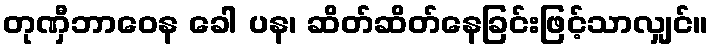
တုဏှီဘာဝေန ခေါ ပန၊ ဆိတ်ဆိတ်နေခြင်းဖြင့်သာလျှင်။